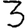
Digit: 3